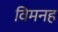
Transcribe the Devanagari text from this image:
विमनह